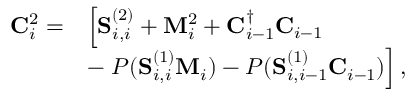
\begin{array} { r l } { \mathbf { C } _ { i } ^ { 2 } = } & { \left[ \mathbf { S } _ { i , i } ^ { ( 2 ) } + \mathbf { M } _ { i } ^ { 2 } + \mathbf { C } _ { i - 1 } ^ { \dagger } \mathbf { C } _ { i - 1 } \right. } \\ & { - \left. P ( \mathbf { S } _ { i , i } ^ { ( 1 ) } \mathbf { M } _ { i } ) - P ( \mathbf { S } _ { i , i - 1 } ^ { ( 1 ) } \mathbf { C } _ { i - 1 } ) \right] , } \end{array}